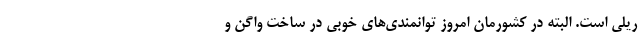
ریلی است. البته در کشورمان امروز توانمندی‌های خوبی در ساخت واگن و